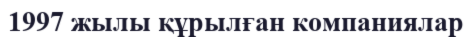
1997 жылы құрылған компаниялар